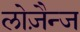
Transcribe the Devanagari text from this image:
लोज़ैन्ज